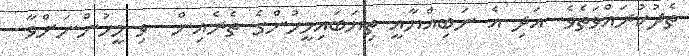
ތެދުކުރައްވަތެވެ. އަދި އެ ނަބިއްޔާއީ ތިޔަބައިމީހުންގެ ތެރެއިން  ވި މީހުންނަށްވާ